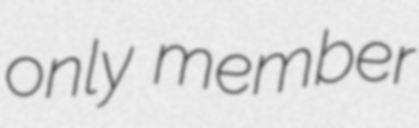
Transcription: only member